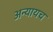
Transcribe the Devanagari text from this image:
अन्यायच